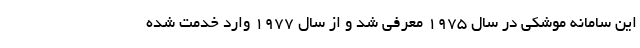
این سامانه موشکی در سال 1975 معرفی شد و از سال 1977 وارد خدمت شده